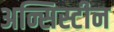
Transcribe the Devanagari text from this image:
अन्सिस्टीन